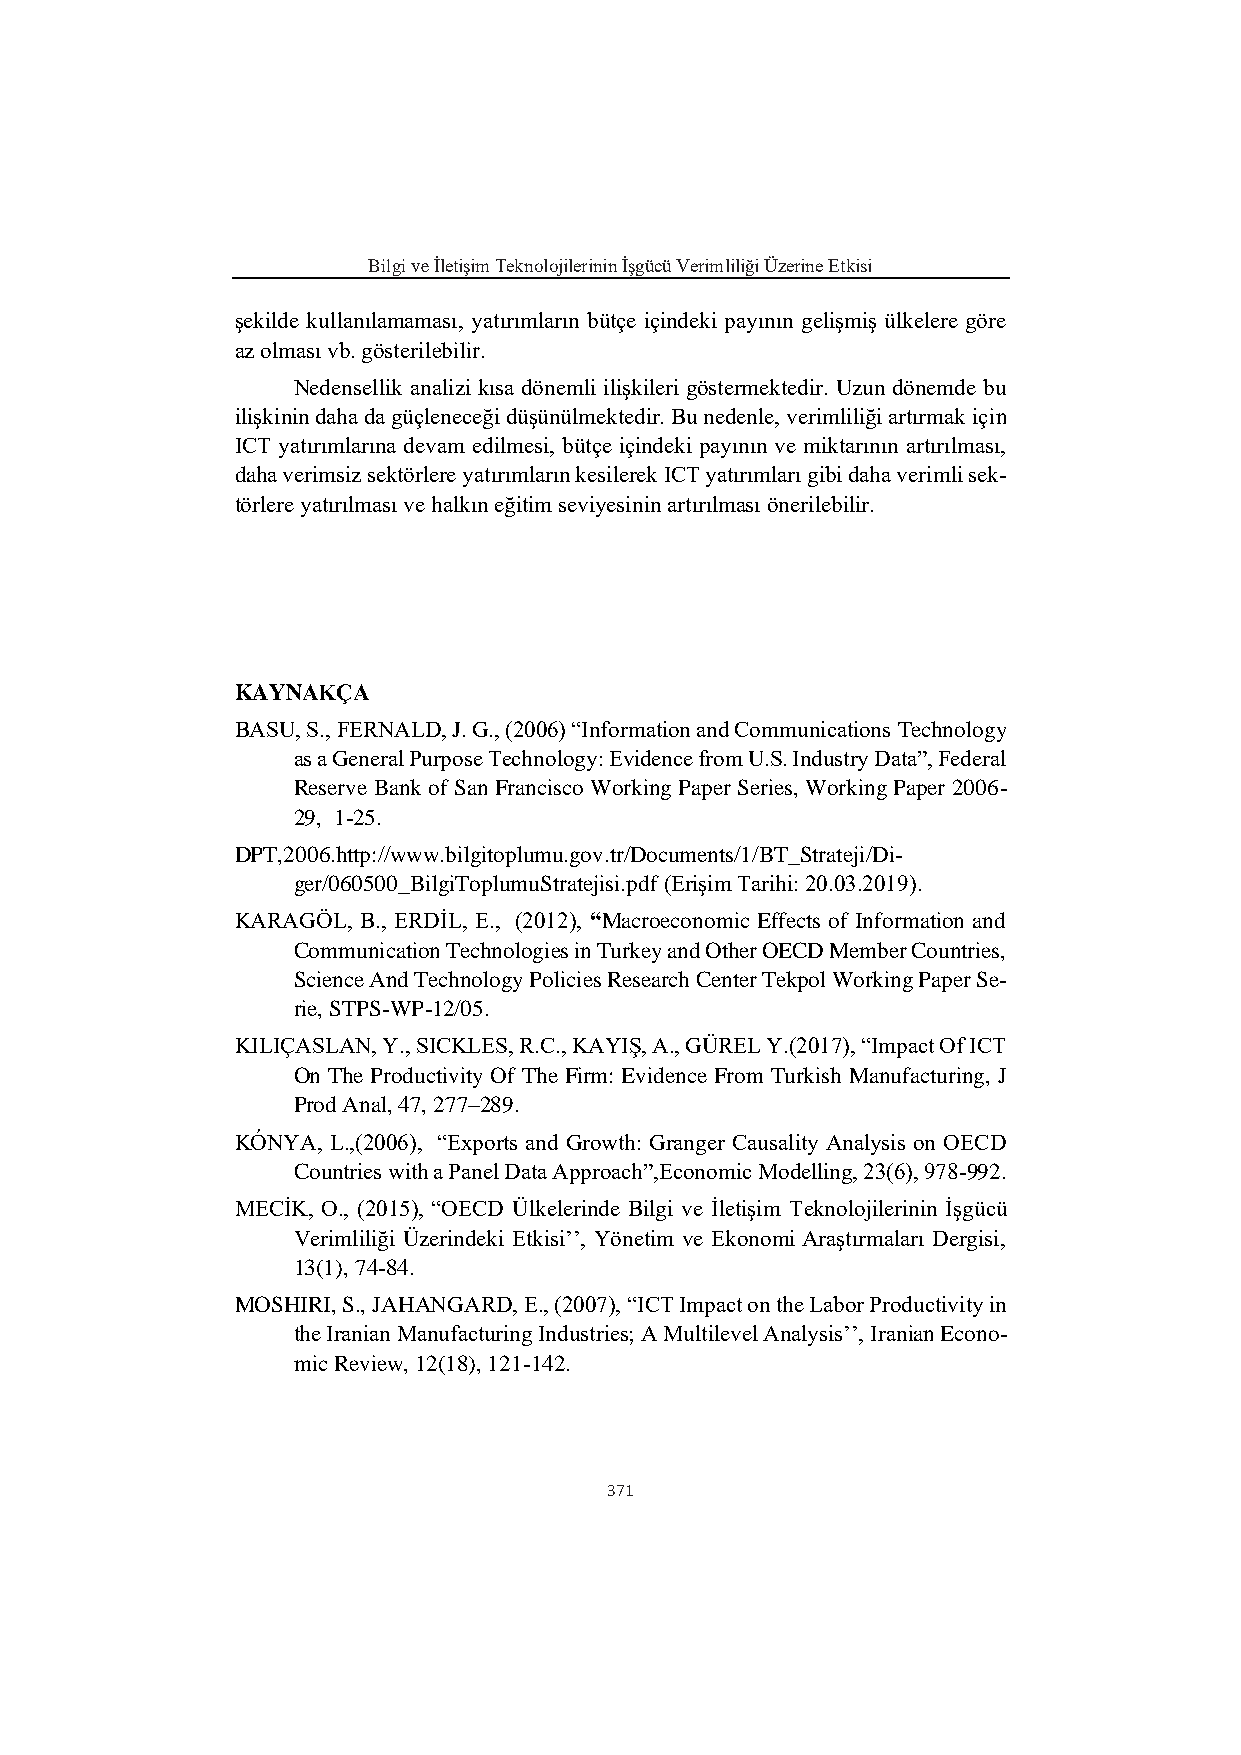
Bilgi ve İletişim Teknolojilerinin İşgücü Verimliliği Üzerine Etkisi
 şekilde kullanılamaması, yatırımların bütçe içindeki payının gelişmiş ülkelere göre
 az olması vb. gösterilebilir.
 Nedensellik analizi kısa dönemli ilişkileri göstermektedir. Uzun dönemde bu
 ilişkinin daha da güçleneceği düşünülmektedir. Bu nedenle, verimliliği artırmak için
 ICT yatırımlarına devam edilmesi, bütçe içindeki payının ve miktarının artırılması,
 daha verimsiz sektörlere yatırımların kesilerek ICT yatırımları gibi daha verimli sek-
 törlere yatırılması ve halkın eğitim seviyesinin artırılması önerilebilir.
 KAYNAKÇA
 BASU, S., FERNALD, J. G., (2006) “Information and Communications Technology
 as a General Purpose Technology: Evidence from U.S. Industry Data”, Federal
 Reserve Bank of San Francisco Working Paper Series, Working Paper 2006-
 29, 1-25.
 DPT,2006.http://www.bilgitoplumu.gov.tr/Documents/1/BT_Strateji/Di-
 ger/060500_BilgiToplumuStratejisi.pdf (Erişim Tarihi: 20.03.2019).
 KARAGÖL, B., ERDİL, E., (2012), “Macroeconomic Effects of Information and
 Communication Technologies in Turkey and Other OECD Member Countries,
 Science And Technology Policies Research Center Tekpol Working Paper Se-
 rie, STPS-WP-12/05.
 KILIÇASLAN, Y., SICKLES, R.C., KAYIŞ, A., GÜREL Y.(2017), “Impact Of ICT
 On The Productivity Of The Firm: Evidence From Turkish Manufacturing, J
 Prod Anal, 47, 277–289.
 KÓNYA, L.,(2006), “Exports and Growth: Granger Causality Analysis on OECD
 Countries with a Panel Data Approach”,Economic Modelling, 23(6), 978-992.
 MECİK, O., (2015), “OECD Ülkelerinde Bilgi ve İletişim Teknolojilerinin İşgücü
 Verimliliği Üzerindeki Etkisi’’, Yönetim ve Ekonomi Araştırmaları Dergisi,
 13(1), 74-84.
 MOSHIRI, S., JAHANGARD, E., (2007), “ICT Impact on the Labor Productivity in
 the Iranian Manufacturing Industries; A Multilevel Analysis’’, Iranian Econo-
 mic Review, 12(18), 121-142.
 371